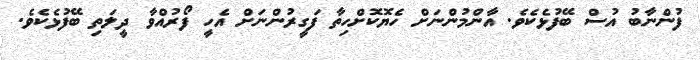
ފުންނާބު އުސް ބޭފުޅެކެވެ. އާންމުންނަށް ހެޔޮކޮށްހިތާ ފަގީރުންނަށް އެހީ ފޯރުއްވާ ދީލަތި ބޭފުޅެކެވެ.